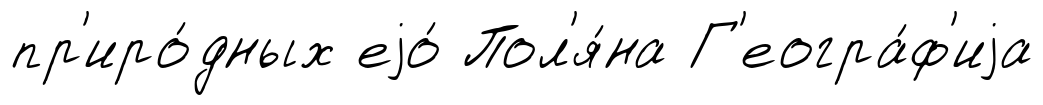
пр'иро́дных еjо́ Пол'я́на Г'еогра́ф'иjа